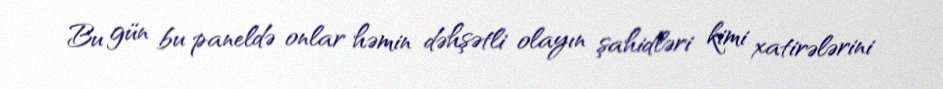
Bu gün bu paneldə onlar həmin dəhşətli olayın şahidləri kimi xatirələrini